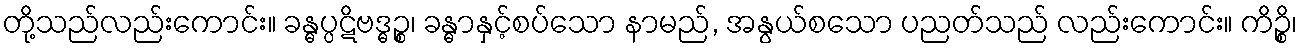
တို့သည်လည်းကောင်း။ ခန္ဓပ္ပဋိဗဒ္ဓဉ္စ၊ ခန္ဓာနှင့်စပ်သော နာမည်, အနွယ်စသော ပညတ်သည် လည်းကောင်း။ ကိဉ္စိ၊